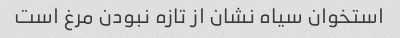
استخوان سیاه نشان از تازه نبودن مرغ است